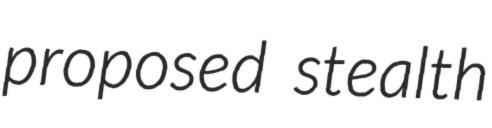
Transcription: proposed stealth